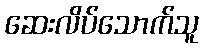
ဆေးလိပ်သောက်သူ